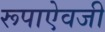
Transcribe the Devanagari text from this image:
रूपाऐवजी